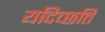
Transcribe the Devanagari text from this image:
यदिच्छति